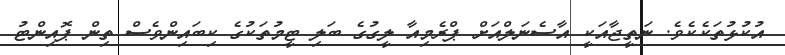
އުކުޅުތަކެކެވެ. ނަތީޖާއަކީ އާސެނަލްއަށް ޕްރެމިއާ ލީގުގެ ބަލި ޓީމުތަކުގެ ކިބައިންވެސް ތިން ޕޮއިންޓު